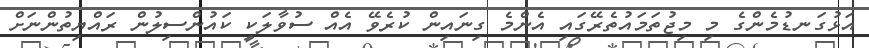
އަޅުގަނޑުމެންގެ މި މިޖުތަމައުތެރޭގައި އެންމެ ގިނައިން ކުރެވޭ އެއް ސުވާލަކީ ކައުންސިލުން ރައްޔިތުންނަށް